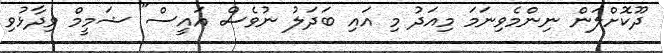
ދޫކޮށްލަން ނިންމެވިނަމަ މިއަދު މި އައި ބަދަލު ނުވެސް އައީސް" ޝަމީމް ވިދާޅުވި